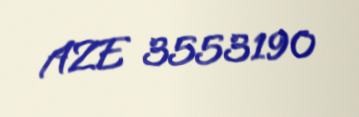
AZE 3553190